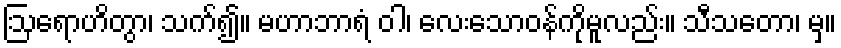
ဩရောဟိတွာ၊ သက်၍။ မဟာဘာရံ ဝါ၊ လေးသောဝန်ကိုမူလည်း။ သီသတော၊ မှ။